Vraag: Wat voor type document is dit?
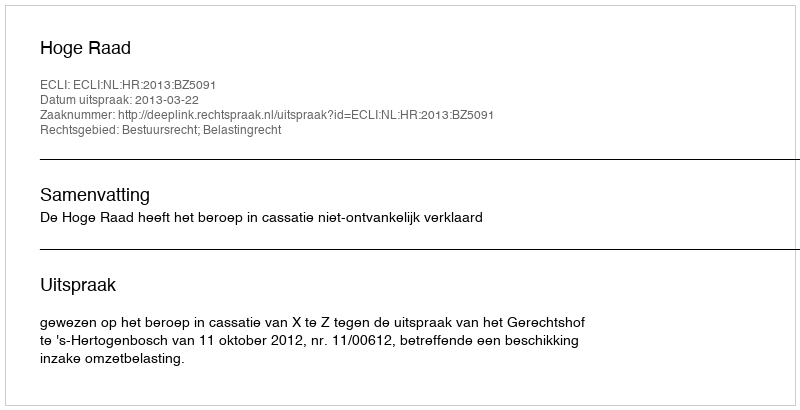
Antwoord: Uitspraak